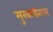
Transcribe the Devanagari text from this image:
मुखारीताल